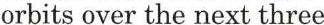
orbits over the next three